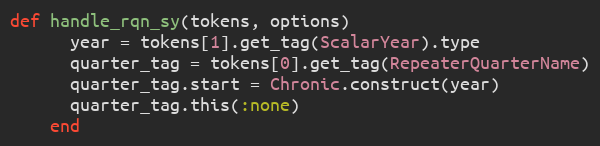
Language: Ruby
def handle_rqn_sy(tokens, options)
      year = tokens[1].get_tag(ScalarYear).type
      quarter_tag = tokens[0].get_tag(RepeaterQuarterName)
      quarter_tag.start = Chronic.construct(year)
      quarter_tag.this(:none)
    end